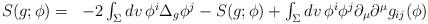
LaTeX: \begin{align*} \begin{array}{ll} S( g; \phi) = & - 2 \int_\Sigma dv \, \phi^i \Delta_g \phi^j - S( g; \phi) + \int_\Sigma dv \, \phi^i \phi^j \partial_\mu \partial^\mu g_{ij}(\phi) \end{array}\end{align*}